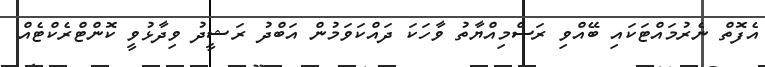
އެފޮތް ނެރުމައްޓަކައި ބޭއްވި ރަސްމިއްޔާތު ވާހަކަ ދައްކަވަމުން އަބްދު ރަޝީދު ވިދާޅުވީ ކޮންޓްރެކްޓެއް